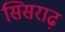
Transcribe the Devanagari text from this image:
सिसराढ़